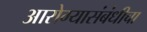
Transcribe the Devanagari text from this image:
आरोग्यासंबंधीचा